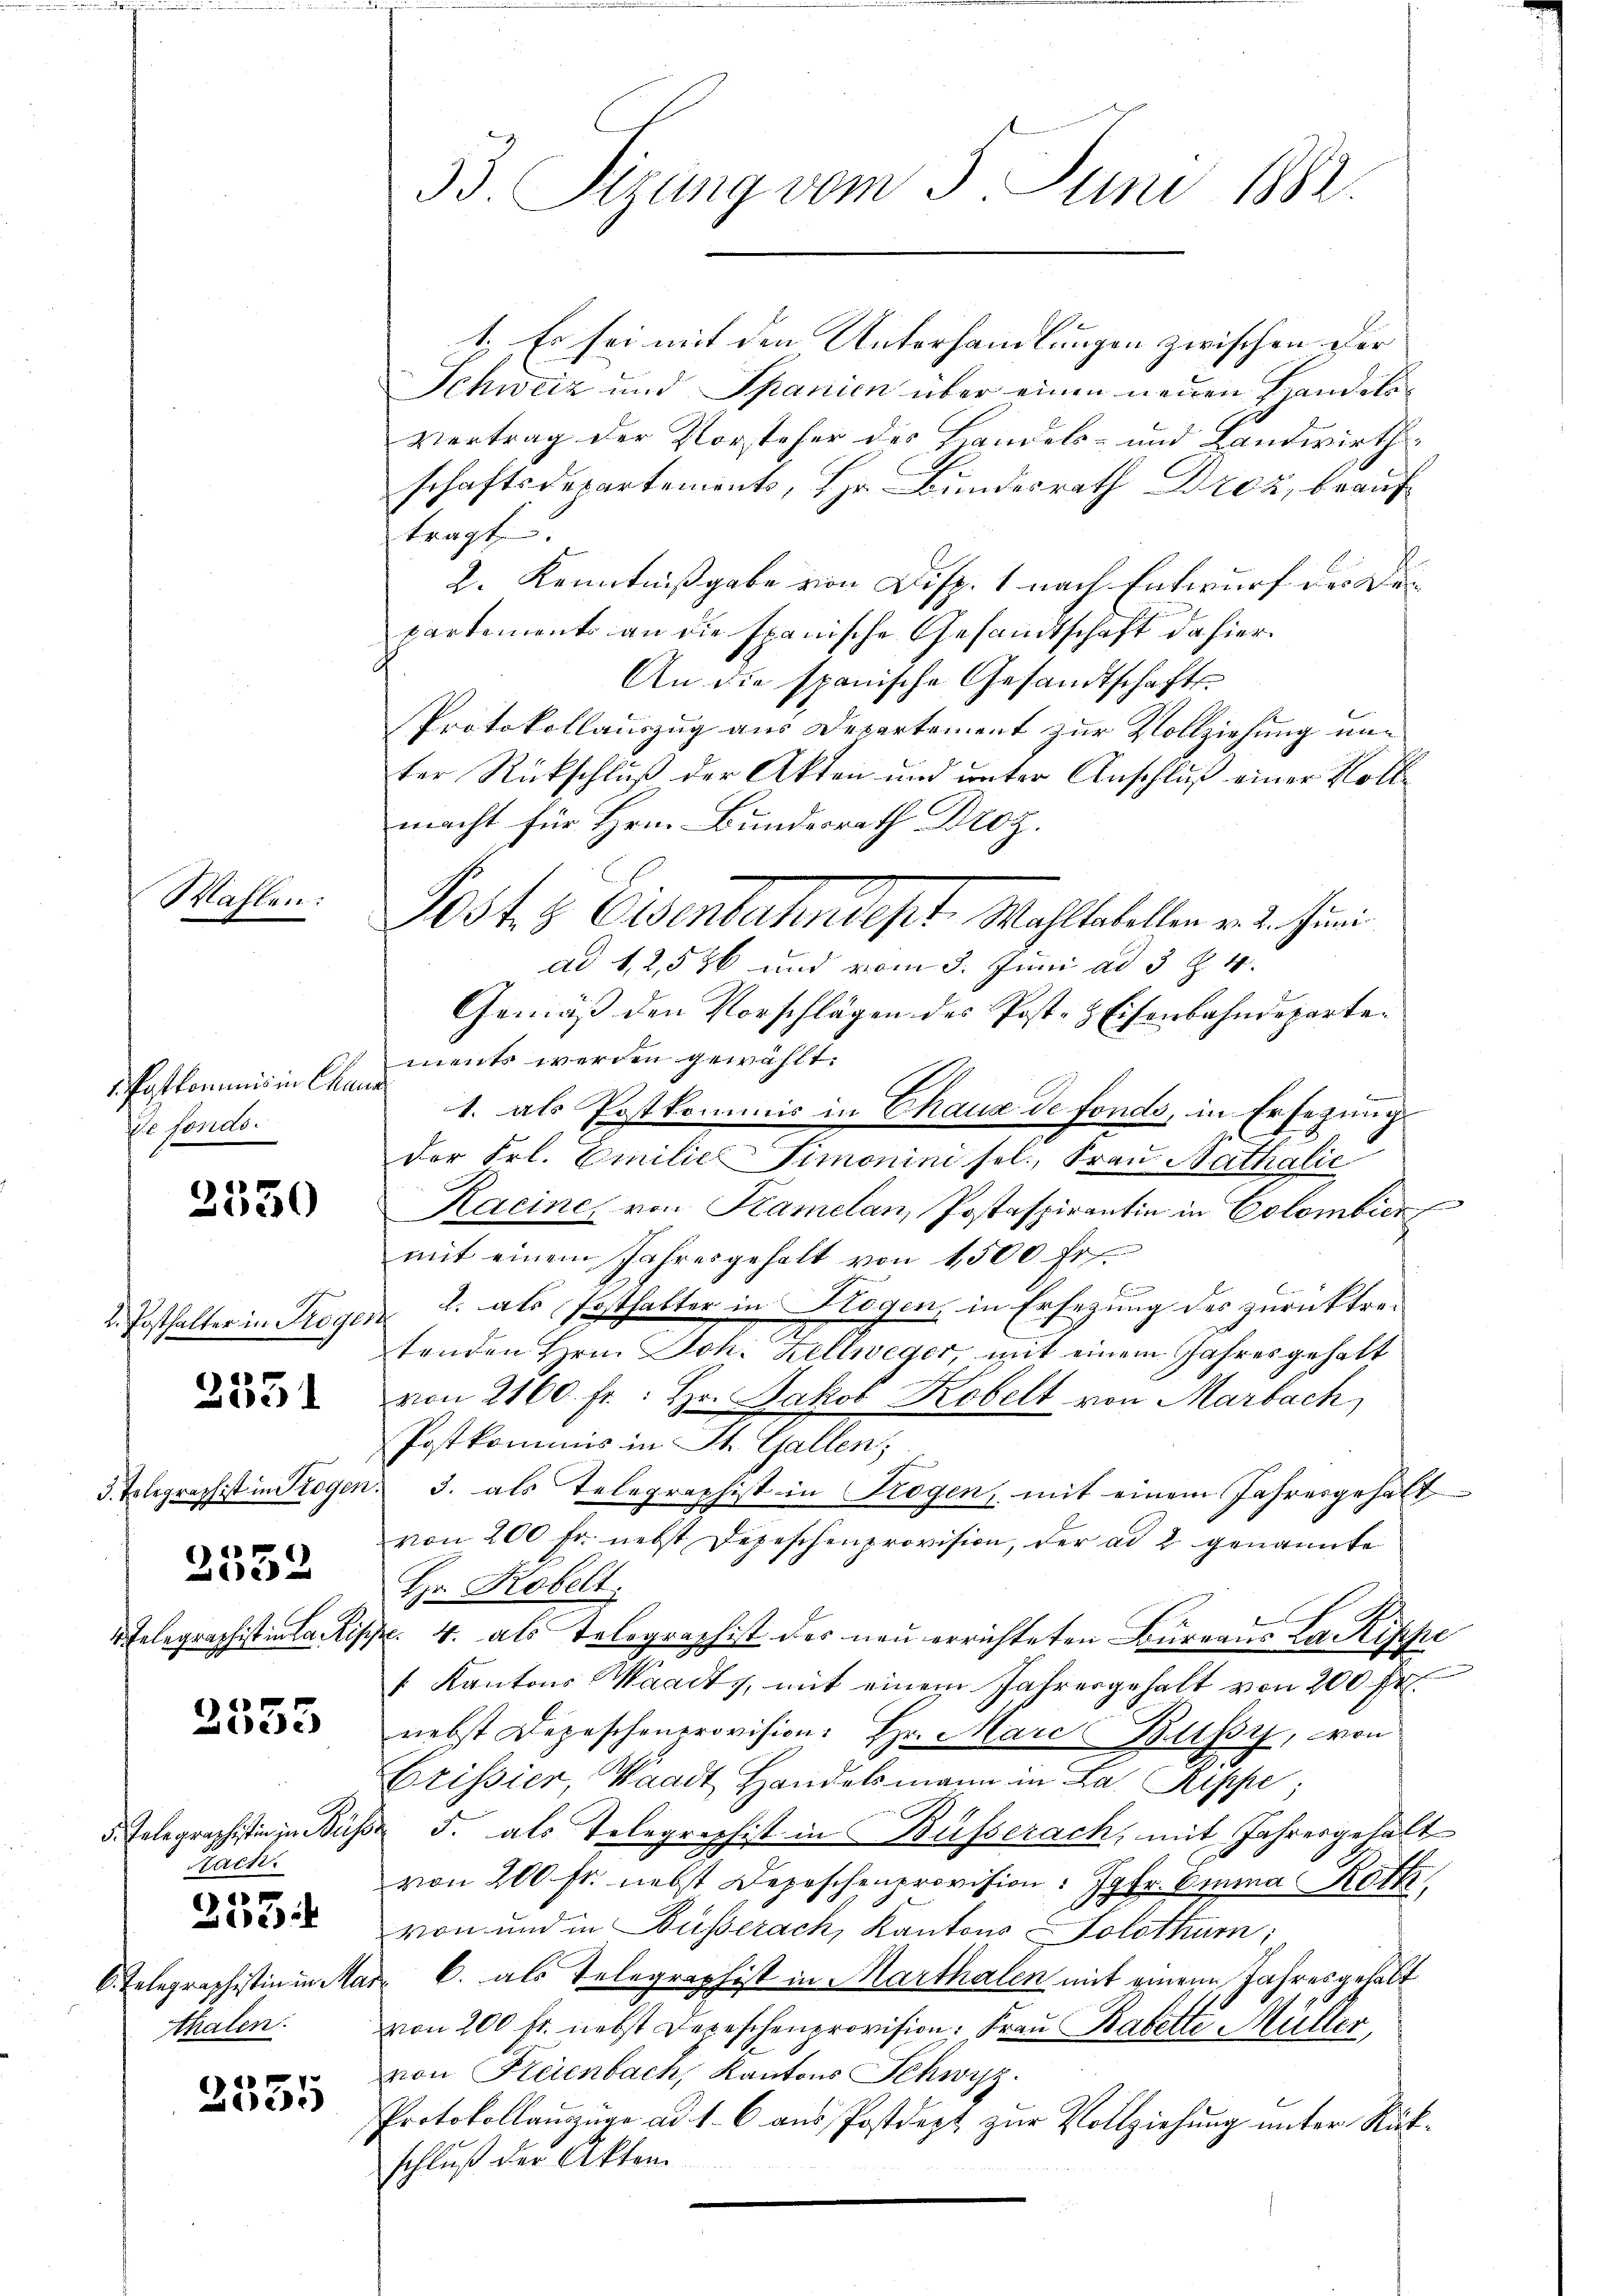
Wahlen:

1. Postkommnis in Char
de fonds.

2350

2. Posthalter in Trogi
3. Tolegraph ist in Troge
2552
 Telegraphistina

2551

2533

5. Telegraphistin zu Bez
Hach.
6. Telegraphistin in Ma
thalen.

3
Lee

2535

B. Sizung vom 5. Juni 1882.

1. Es sei mit den Unterhandlungen zwischen der
Schweiz und Spanien über einen neuen Handelsvertrag der Vorsteher des Landels- und Landwirthschaftsdepartements, Hr. Bundesrath Droz, beauftragt.
2. Kenntnißgabe von Disp. 1 nach Entwurf des Bepartements an die spanische Gesandtschaft dahier¬
An die spanische Gesandtschafts-
Protokollauszug aus Departement zur Vollziehung unter Rückschluß der Akten und unter Anschluß einer Vollmacht für Hrn. Bundesrath Droz.
Post. S. Eisenbahndept, Mahltatellen v. 2. Juni
ad 1, 2,556 und vom 3. Juni ad 3 Z. 4.
Gemäß den Vorschlägen des Post- & Eisenbahndepartements werden gewählt.
1. als Postkommis in Chaux de fonds, in Ersezungs
der Frl. Emilie Simonini sel., Frau Rathalić
Racine, von Kamelan, Postaspirantin in Colombier
mit einem Jahresgehalt von 1500 fr.
1. als Posthalter in Hegen, in Ersezung des zurücktreh
tenden Hrn. Joh. Kellweger mit einem Jahres gehalt
von 2160. fr.: Hr. Jakob Kobelt von Marbach
Postkommis in St. Gallen;
3. als Telegraphist in Trogen, mit einem Jahresgehalt
von 200 fr. nebst Depeschenprovision, der ad 2 genannte
Hr. Robelt.
b
d. 4. als Telegraphist des neu errichteten Bureaus La Rippe
1 Kantons Waadt, mit einem Jahresgehalt von 200 fr
nebst Depeschenprovision: Hr. Mare Bahr, von
.
Brissier, Waadt Handelsmann in La Rippe,
s
5. als Telegraphist in Büsserach, mit Jahresgehalt
von 200 fr. nebst Depeschenprovision: Jgfr. Emma Röt
von und in Bußerach, Kantons Solothur;
 b. als Telegraphist in Marthalen mit einem Jahresgehabt
von 200 fr. nebst Depeschenprovision. Frau Rabette Müller,
von Freienbach, Kantons Schwyz
Protokollanzüge ad 1. 6 aŭs Postdept zŭr Vollziehŭng ŭnter Rück-
schluß der Akten.